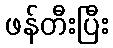
ဖန်တီးပြီး